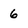
Character: 6